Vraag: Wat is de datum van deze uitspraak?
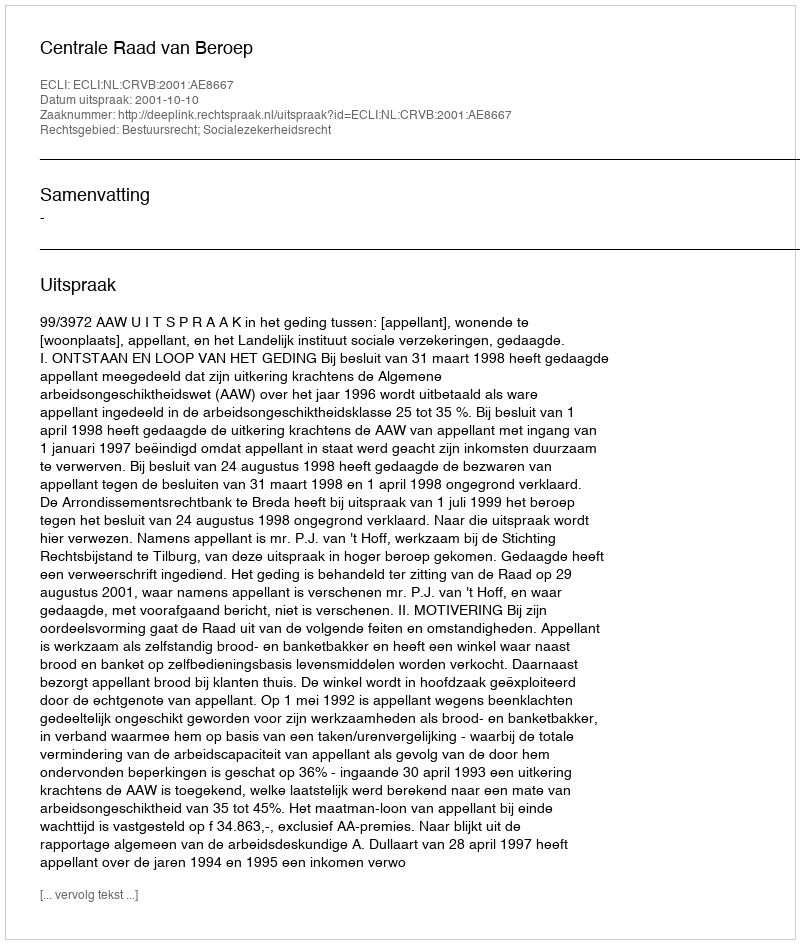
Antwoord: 2001-10-10